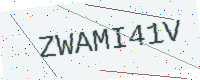
Text: ZWAMI41V